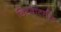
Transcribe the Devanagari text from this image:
विटवाटर्सरेंड